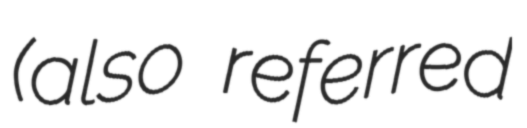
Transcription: (also referred